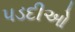
પડદીઓ